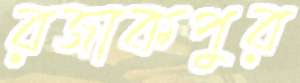
রজাকপুর